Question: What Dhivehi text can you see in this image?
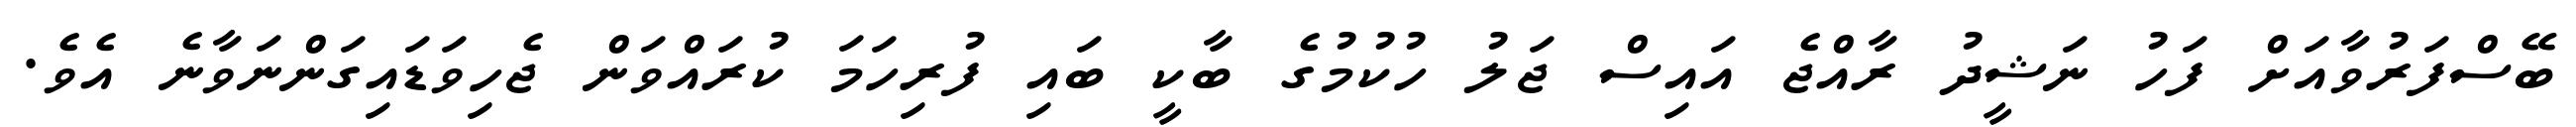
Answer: ބޭސްފަރުވާއަށް ފަހު ނަޝީދު ރާއްޖެ އައިސް ޖަލު ހުކުމުގެ ބާކީ ބައި ފުރިހަމަ ކުރައްވަން ޖެހިވަޑައިގަންނަވާނެ އެވެ.